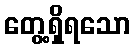
တွေ့ရှိရသော